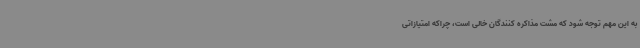
به این مهم توجه شود که مشت مذاکره کنندگان خالی است، چراکه امتیازاتی